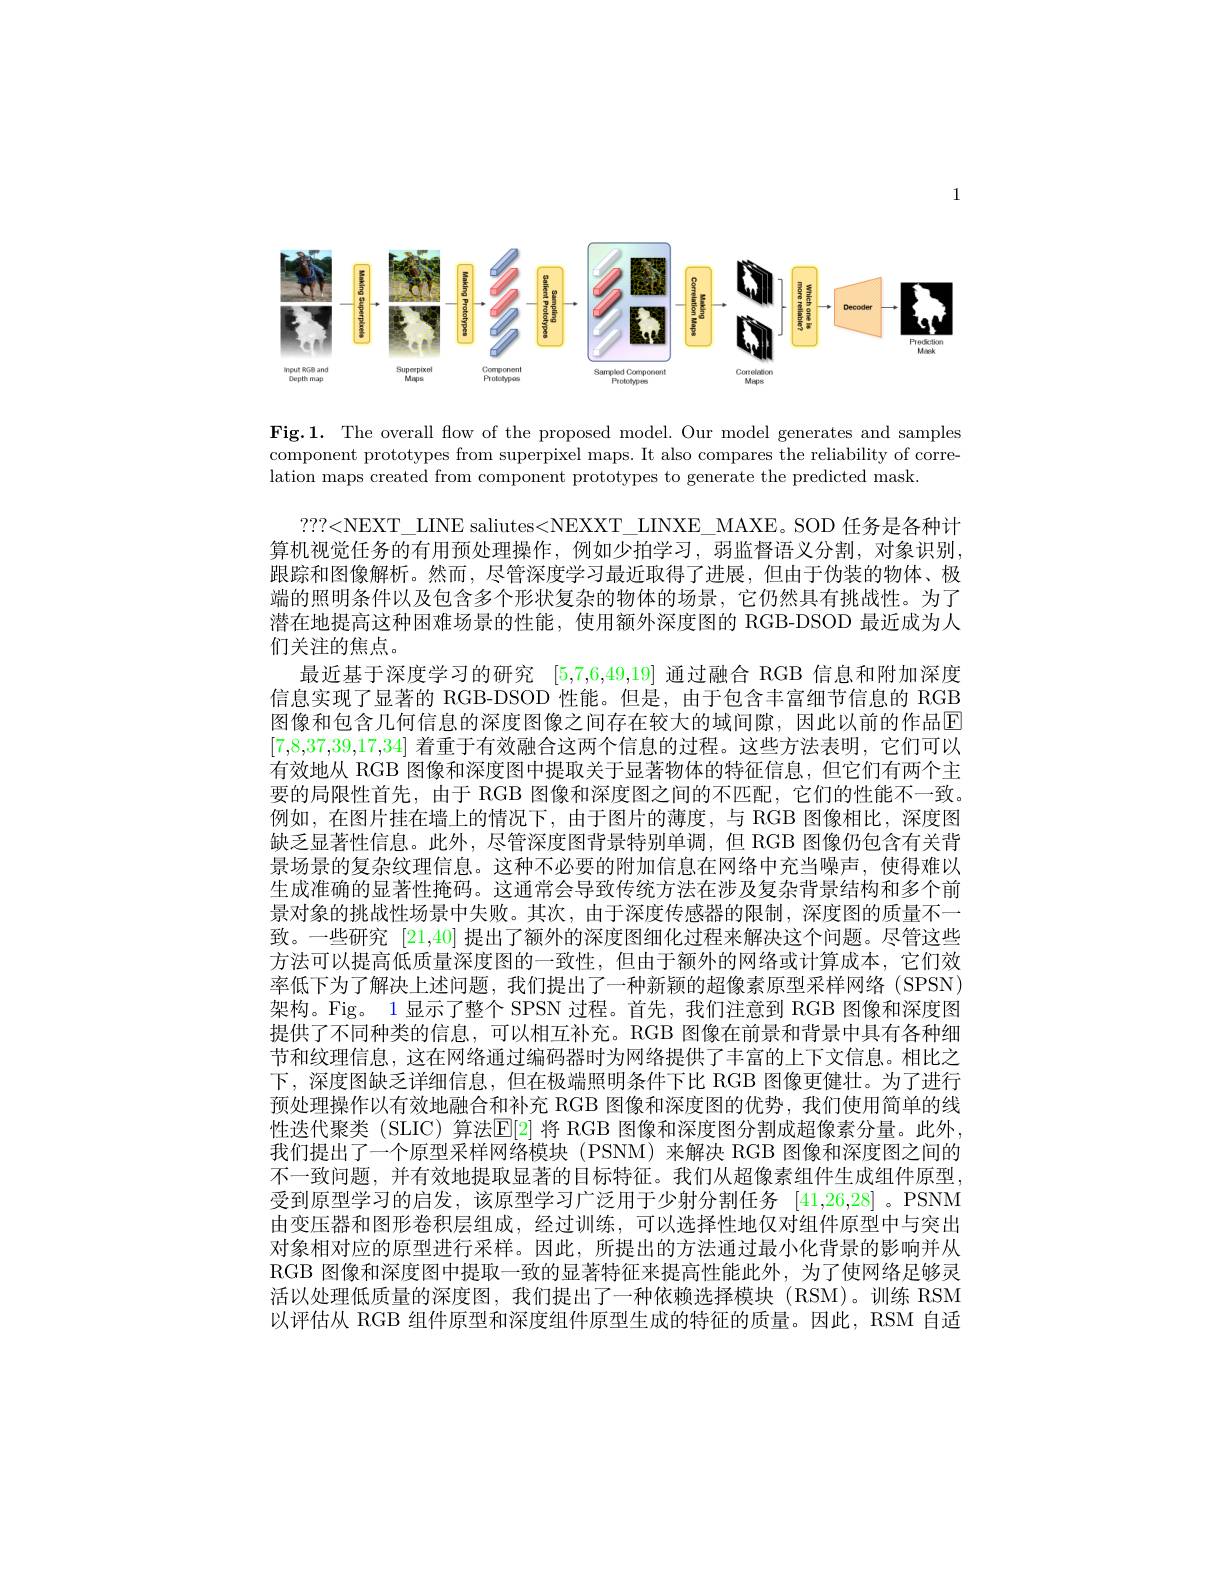
1

<FigureHere>

Fig.1. The overall flow of the proposed model. Our model generates and samples component prototypes from superpixel maps. It also compares the reliability of correlation maps created from component prototypes to generate the predicted mask.

???<NEXT\_LINE saliutes<NEXXT\_LINXE\_MAXE。SOD 任务是各种计算机视觉任务的有用预处理操作，例如少拍学习，弱监督语义分割，对象识别跟踪和图像解析。然而，尽管深度学习最近取得了进展，但由于伪装的物体、极端的照明条件以及包含多个形状复杂的物体的场景，它仍然具有挑战性。为了潜在地提高这种困难场景的性能，使用额外深度图的 RGB-DSOD 最近成为人们关注的焦点。
最近基于深度学习的研究[5,7,6,49,19]通过融合 RGB 信息和附加深度信息实现了显著的 RGB-DSOD 性能。但是，由于包含丰富细节信息的 RGB 图像和包含几何信息的深度图像之间存在较大的域间隙，因此以前的作品E [7,8,37,39,17,34]着重于有效融合这两个信息的过程。这些方法表明，它们可以有效地从 RGB 图像和深度图中提取关于显著物体的特征信息，但它们有两个主要的局限性首先，由于 RGB 图像和深度图之间的不匹配，它们的性能不一致例如，在图片挂在墙上的情况下，由于图片的薄度，与 RGB 图像相比，深度图缺乏显著性信息。此外，尽管深度图背景特别单调，但 RGB 图像仍包含有关背景场景的复杂纹理信息。这种不必要的附加信息在网络中充当噪声，使得难以生成准确的显著性掩码。这通常会导致传统方法在涉及复杂背景结构和多个前景对象的挑战性场景中失败。其次，由于深度传感器的限制，深度图的质量不一致。一些研究[21,40]提出了额外的深度图细化过程来解决这个问题。尽管这些方法可以提高低质量深度图的一致性，但由于额外的网络或计算成本，它们效率低下为了解决上述问题，我们提出了一种新颖的超像素原型采样网络 (SPSN) 架构。Fig。1 显示了整个 SPSN 过程。首先，我们注意到 RGB 图像和深度图提供了不同种类的信息，可以相互补充。RGB 图像在前景和背景中具有各种细节和纹理信息，这在网络通过编码器时为网络提供了丰富的上下文信息。相比之下，深度图缺乏详细信息，但在极端照明条件下比 RGB 图像更健壮。为了进行预处理操作以有效地融合和补充 RGB 图像和深度图的优势，我们使用简单的线性迭代聚类 (SLIC) 算法E[2] 将 RGB 图像和深度图分割成超像素分量。此外， 我们提出了一个原型采样网络模块 (PSNM) 来解决 RGB 图像和深度图之间的不一致问题，并有效地提取显著的目标特征。我们从超像素组件生成组件原型， 受到原型学习的启发，该原型学习广泛用于少射分割任务 [41,26,28] 。PSNM 由变压器和图形卷积层组成，经过训练，可以选择性地仅对组件原型中与突出对象相对应的原型进行采样。因此，所提出的方法通过最小化背景的影响并从RGB 图像和深度图中提取一致的显著特征来提高性能此外，为了使网络足够灵活以处理低质量的深度图，我们提出了一种依赖选择模块(RSM)。训练 RSM 以评估从 RGB 组件原型和深度组件原型生成的特征的质量。因此，RSM 自适